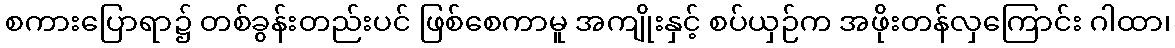
စကားပြောရာ၌ တစ်ခွန်းတည်းပင် ဖြစ်စေကာမူ အကျိုးနှင့် စပ်ယှဉ်က အဖိုးတန်လှကြောင်း ဂါထာ၊